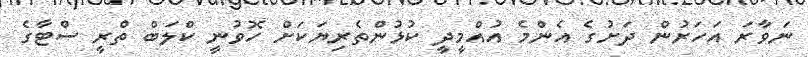
ނަވާރަ އަހަރުން ދަށުގެ އެންމެ އުއްމީދީ ކުޅުންތެރިޔަކަށް ހޮވުނީ ކްލަބް ތްރީ ސްޓާގެ